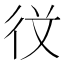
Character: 𭛣